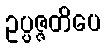
ဥပ္ပဇ္ဇတိပေ